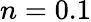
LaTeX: n=0.1